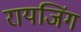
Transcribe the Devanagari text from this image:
रायजिंग